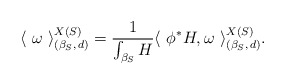
\begin{align*} \langle~ \omega ~\rangle ^{X(S)}_{(\beta_S, \,d)} = \frac{1}{\int_{\beta_S} H} \langle~ \phi^* H, \omega ~\rangle ^{X(S)}_{(\beta_S, \,d)}.\end{align*}